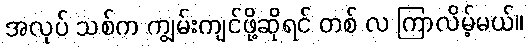
အလုပ် သစ်က ကျွမ်းကျင်ဖို့ဆိုရင် တစ် လ ကြာလိမ့်မယ်။